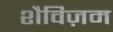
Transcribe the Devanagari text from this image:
शैविज़म